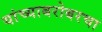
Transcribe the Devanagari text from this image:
यांच्याबरोबरचा